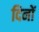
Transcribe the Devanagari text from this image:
दिनों